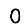
Digit: 0